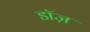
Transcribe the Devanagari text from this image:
डॉज़